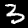
Digit: 3